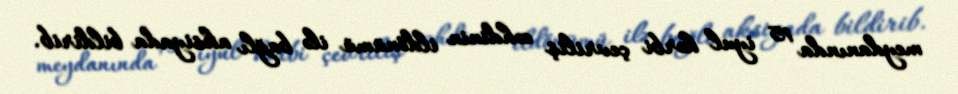
meydanında 15 iyul hərbi çevriliş cəhdinin ildönümü ilə bağlı aksiyada bildirib.